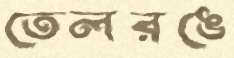
তেলরঙে